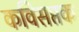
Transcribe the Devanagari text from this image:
कविसप्तक